Indian journal of veterinary science and animal husbandry - Volumes 24-25, 1954-1955
Year: 1954
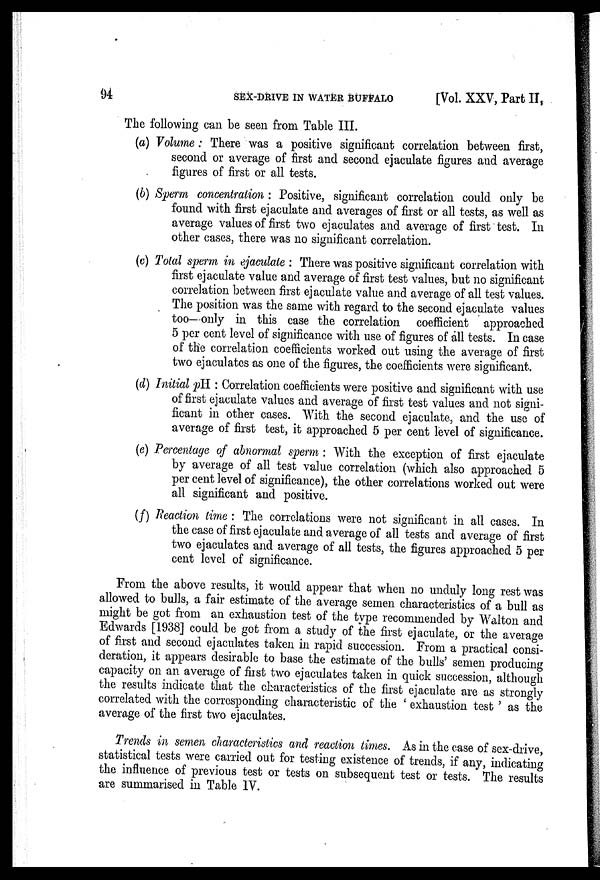
94
SEX-DRIVE IN WATER BUFFALO
[Vol. XXV, Part II,
The following can be seen from Table III.
(a) Volume : There was a positive significant correlation between first,
second or average of first and second ejaculate figures and average
figures of first or all tests.
(b) Sperm concentration : Positive, significant correlation could only be
found with first ejaculate and averages of first or all tests, as well as
average values of first two ejaculates and average of first test. In
other cases, there was no significant correlation.
(c) Total sperm in ejaculate : There was positive significant correlation with
first ejaculate value and average of first test values, but no significant
correlation between first ejaculate value and average of all test values.
The position was the same with regard to the second ejaculate values
too—only in this case the correlation coefficient approached
5 per cent level of significance with use of figures of all tests. In case
of the correlation coefficients worked out using the average of first
two ejaculates as one of the figures, the coefficients were significant.
(d) Initial pH : Correlation coefficients were positive and significant with use
of first ejaculate values and average of first test values and not signi-
ficant in other cases. With the second ejaculate, and the use of
average of first test, it approached 5 per cent level of significance.
(e) Percentage of abnormal sperm : With the exception of first ejaculate
by average of all test value correlation (which also approached 5
per cent level of significance), the other correlations worked out were
all significant and positive.
(f) Reaction time : The correlations were not significant in all cases. In
the case of first ejaculate and average of all tests and average of first
two ejaculates and average of all tests, the figures approached 5 per
cent level of significance.
From the above results, it would appear that when no unduly long rest was
allowed to bulls, a fair estimate of the average semen characteristics of a bull as
might be got from an exhaustion test of the type recommended by Walton and
Edwards [1938] could be got from a study of the first ejaculate, or the average
of first and second ejaculates taken in rapid succession. From a practical consi-
deration, it appears desirable to base the estimate of the bulls' semen producing
capacity on an average of first two ejaculates taken in quick succession, although
the results indicate that the characteristics of the first ejaculate are as strongly
correlated with the corresponding characteristic of the ' exhaustion test ' as the
average of the first two ejaculates.
Trends in semen characteristics and reaction times. As in the case of sex-drive,
statistical tests were carried out for testing existence of trends, if any, indicating
the influence of previous test or tests on subsequent test or tests. The results
are summarised in Table IV.